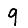
Digit: 9